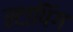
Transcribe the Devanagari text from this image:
स्टापिंग